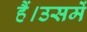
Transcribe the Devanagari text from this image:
हैं।उसमें